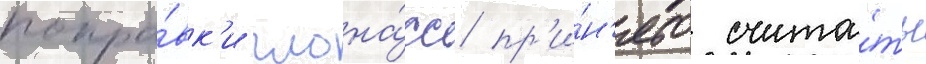
попра́вк'и глона́сс пр'и́н'ято счита́ть